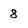
Character: 8